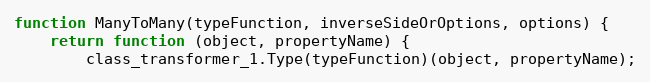
Language: JavaScript
function ManyToMany(typeFunction, inverseSideOrOptions, options) {
    return function (object, propertyName) {
        class_transformer_1.Type(typeFunction)(object, propertyName);